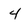
Character: 4